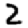
Digit: 2